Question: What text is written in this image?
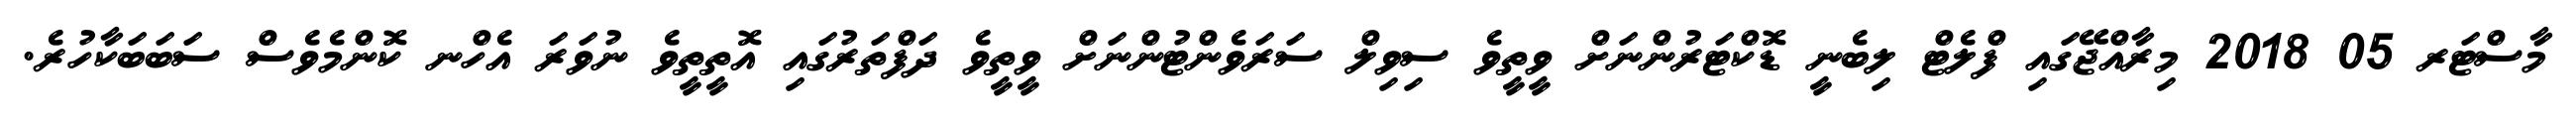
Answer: މާސްޓަރ 05 2018 މިރާއްޖޭގައި ފްލެޓް ލިބެނީ ޑޮކްޓަރުންނަށް ވީތީވެ ސިވިލް ސަރަވެންޓުންނަށް ވީތީވެ ދަފްތަރުގައި އޮތީތީވެ ނުވަރަ އެހްނ ކޮންމެވެސް ސަބަބަކާހުރެ.